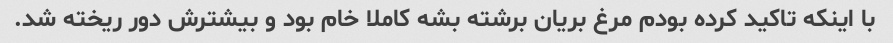
با اینکه تاکید کرده بودم مرغ بریان برشته بشه کاملا خام بود و بیشترش دور ریخته شد.